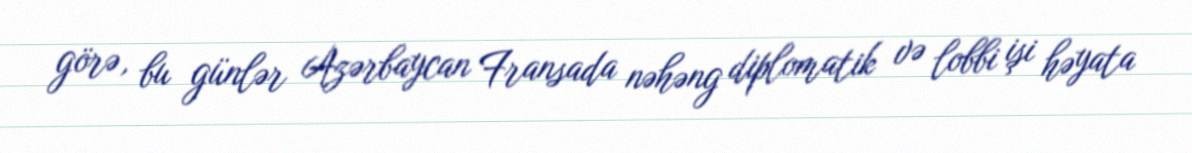
görə, bu günlər Azərbaycan Fransada nəhəng diplomatik və lobbi işi həyata